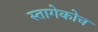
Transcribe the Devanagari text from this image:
स्तागेकोच